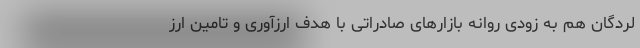
لردگان هم به زودی روانه بازارهای صادراتی با هدف ارزآوری و تامین ارز